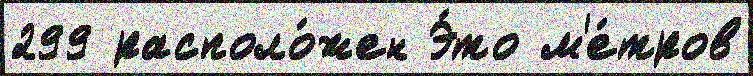
299 располо́жен Э́то м'е́тров